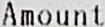
AMOUNT